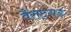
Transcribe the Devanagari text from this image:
वैराट्गड